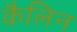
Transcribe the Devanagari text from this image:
कैलिन